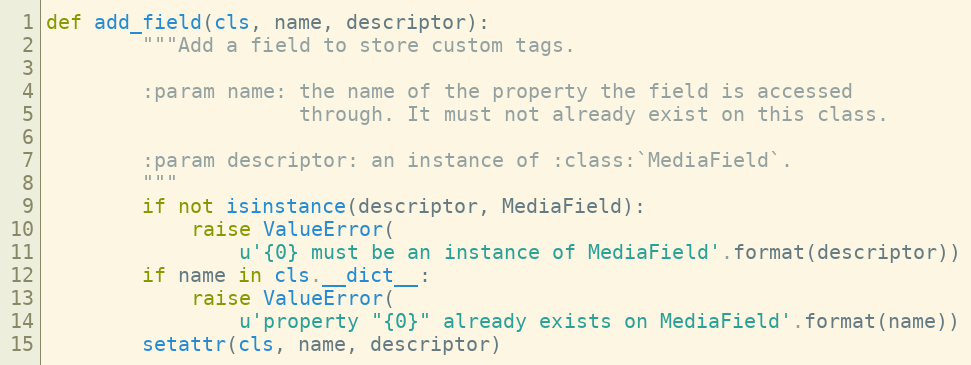
Language: Python
def add_field(cls, name, descriptor):
        """Add a field to store custom tags.

        :param name: the name of the property the field is accessed
                     through. It must not already exist on this class.

        :param descriptor: an instance of :class:`MediaField`.
        """
        if not isinstance(descriptor, MediaField):
            raise ValueError(
                u'{0} must be an instance of MediaField'.format(descriptor))
        if name in cls.__dict__:
            raise ValueError(
                u'property "{0}" already exists on MediaField'.format(name))
        setattr(cls, name, descriptor)